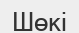
Шөкі